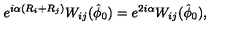
e ^ { i \alpha \left( R _ { i } + R _ { j } \right) } W _ { i j } ( \hat { \phi } _ { 0 } ) = e ^ { 2 i \alpha } W _ { i j } ( \hat { \phi } _ { 0 } ) ,